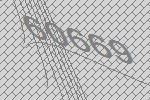
60669